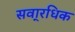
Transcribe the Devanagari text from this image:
सवा्रधिक